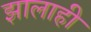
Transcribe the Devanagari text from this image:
झालाही